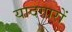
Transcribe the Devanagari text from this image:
यादगारों